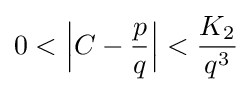
0<{\Big |}C-{\frac {p}{q}}{\Big |}<{\frac {K_{2}}{q^{3}}}